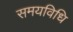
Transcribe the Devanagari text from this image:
समयविधि